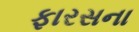
ફારસના